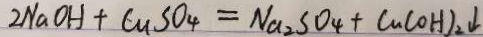
2 N a O H + C u S O _ { 4 } = N a _ { 2 } S O _ { 4 } + C u ( O H ) _ { 2 } \downarrow